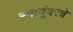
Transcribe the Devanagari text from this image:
स्नायूंवरचे